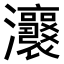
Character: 𤅭